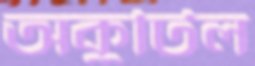
অকুটিল